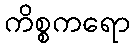
ကိစ္စကရော